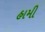
હામી